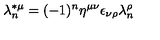
\lambda _ { n } ^ { * \mu } = ( - 1 ) ^ { n } \eta ^ { \mu \nu } \epsilon _ { \nu \rho } \lambda _ { n } ^ { \rho }